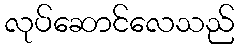
လုပ်ဆောင်လေသည်